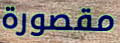
مقصورة